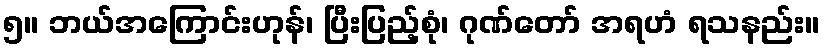
၅။ ဘယ်အကြောင်းဟုန်၊ ပြီးပြည့်စုံ၊ ဂုဏ်တော် အရဟံ ရသနည်း။